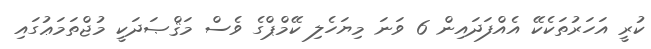
ކުރީ އަހަރުތަކެކޭ އެއްފަދައިން 6 ވަނަ މިޔަހެލި ކޭމްޕްގެ ވެސް މަޤްޞަދަކީ މުޖްތަމަޢުގައި